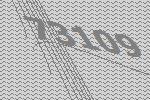
73109